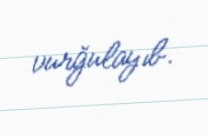
vurğulayıb.